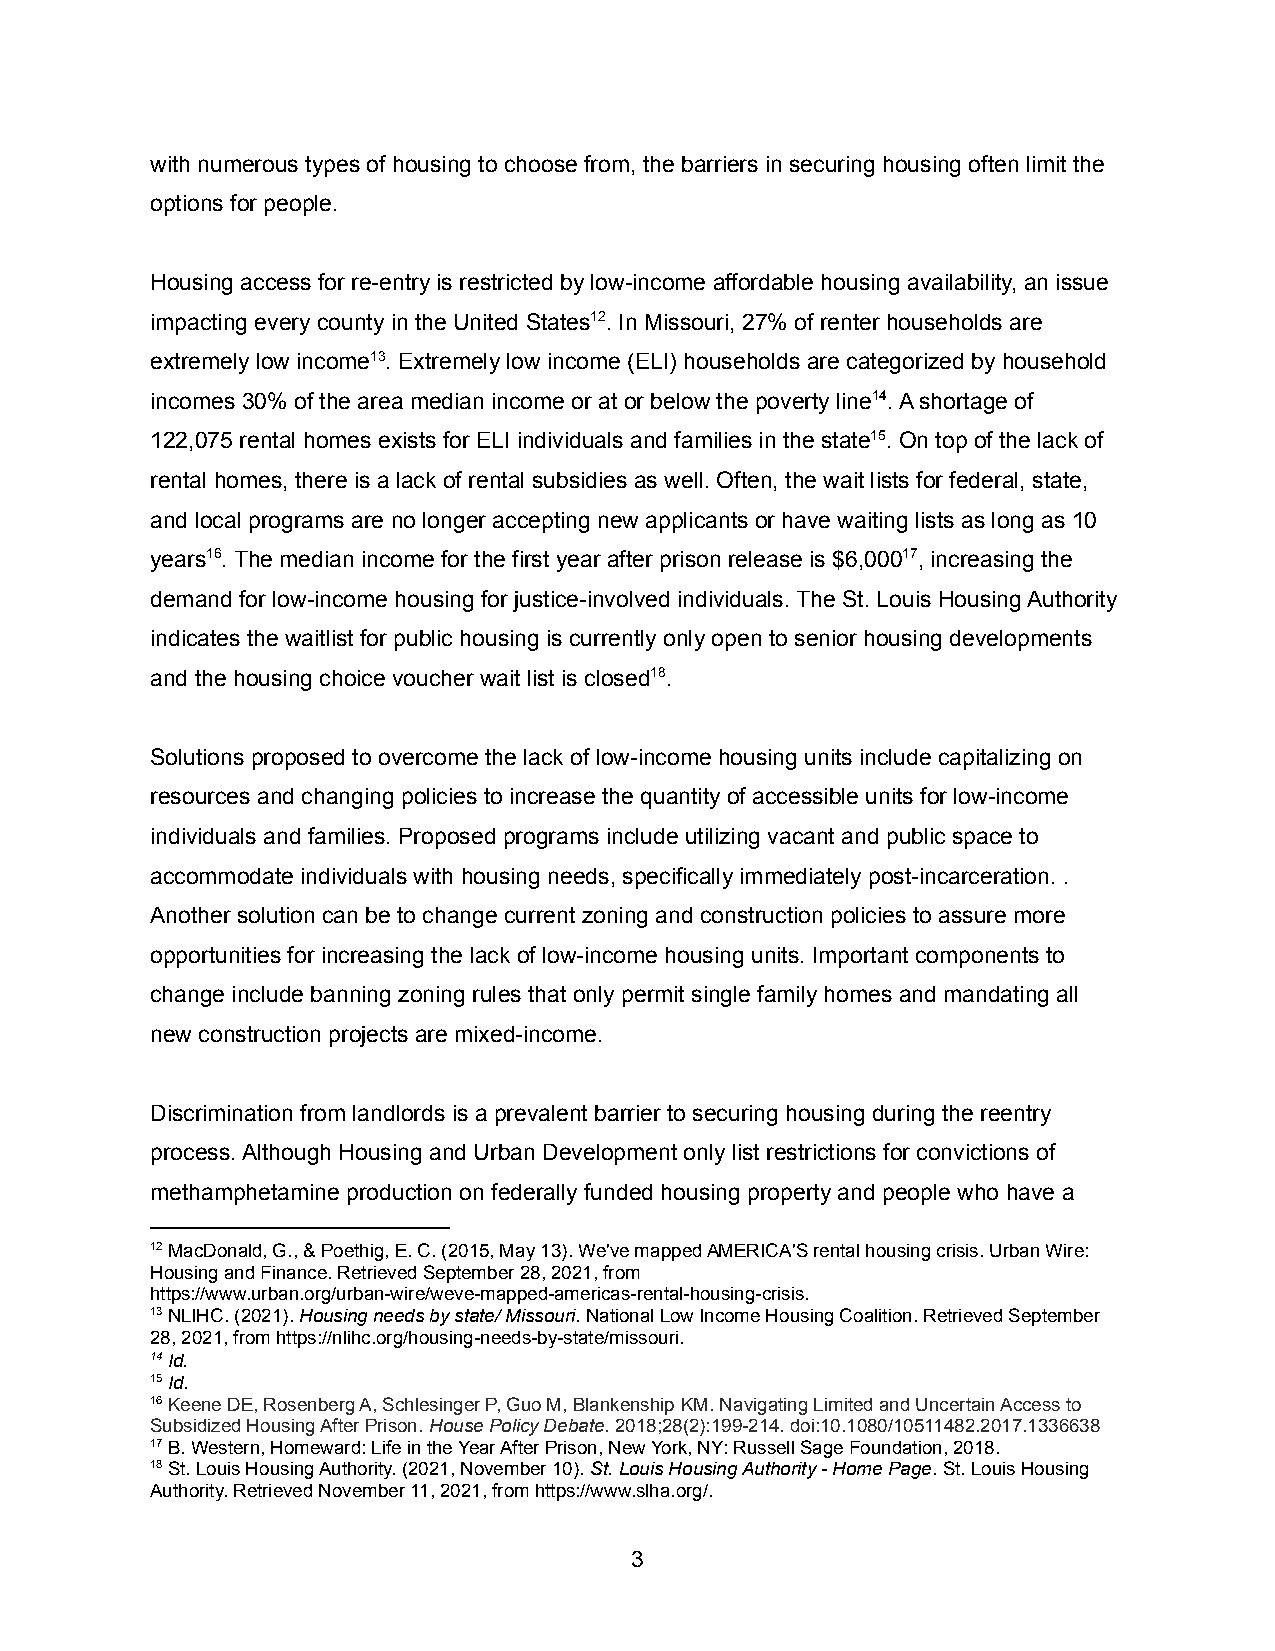
with numerous types of housing to choose from, the barriers in securing housing often limit the
 options for people.
 Housing access for re-entry is restricted by low-income affordable housing availability, an issue
 impacting every county in the United States12. In Missouri, 27% of renter households are
 extremely low income13. Extremely low income (ELI) households are categorized by household
 incomes 30% of the area median income or at or below the poverty line14. A shortage of
 122,075 rental homes exists for ELI individuals and families in the state15. On top of the lack of
 rental homes, there is a lack of rental subsidies as well. Often, the wait lists for federal, state,
 and local programs are no longer accepting new applicants or have waiting lists as long as 10
 years16. The median income for the first year after prison release is $6,00017, increasing the
 demand for low-income housing for justice-involved individuals. The St. Louis Housing Authority
 indicates the waitlist for public housing is currently only open to senior housing developments
 and the housing choice voucher wait list is closed18.
 Solutions proposed to overcome the lack of low-income housing units include capitalizing on
 resources and changing policies to increase the quantity of accessible units for low-income
 individuals and families. Proposed programs include utilizing vacant and public space to
 accommodate individuals with housing needs, specifically immediately post-incarceration. .
 Another solution can be to change current zoning and construction policies to assure more
 opportunities for increasing the lack of low-income housing units. Important components to
 change include banning zoning rules that only permit single family homes and mandating all
 new construction projects are mixed-income.
 Discrimination from landlords is a prevalent barrier to securing housing during the reentry
 process. Although Housing and Urban Development only list restrictions for convictions of
 methamphetamine production on federally funded housing property and people who have a
 12MacDonald, G., & Poethig, E. C. (2015, May 13). We've mapped AMERICA'S rental housing crisis. Urban Wire:
 Housing and Finance. Retrieved September 28, 2021, from
 https://www.urban.org/urban-wire/weve-mapped-americas-rental-housing-crisis.
 13NLIHC. (2021).Housing needs by state/ Missouri.National Low Income Housing Coalition. Retrieved September
 28, 2021, from https://nlihc.org/housing-needs-by-state/missouri.
 14Id.
 15Id.
 16Keene DE, Rosenberg A, Schlesinger P, Guo M, BlankenshipKM. Navigating Limited and Uncertain Access to
 Subsidized Housing After Prison.House Policy Debate.2018;28(2):199-214. doi:10.1080/10511482.2017.1336638
 17B. Western, Homeward: Life in the Year After Prison, New York, NY: Russell Sage Foundation, 2018.
 18St. Louis Housing Authority. (2021, November 10).St. Louis Housing Authority - Home Page. St. LouisHousing
 Authority. Retrieved November 11, 2021, from https://www.slha.org/.
 3